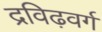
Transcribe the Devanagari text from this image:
द्रविढ़वर्ग